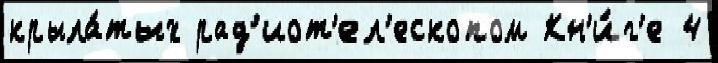
крыла́тых рад'иот'ел'ескопом Кн'и́г'е 4